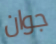
جوان